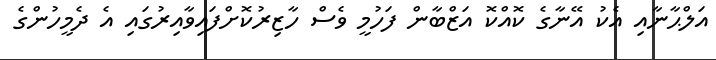
އަލްޙާނާއި އެކު އޭނާގެ ކޮއްކޮ އަޒްބާން ފަހުމީ ވެސް ހާޒިރުކޮށްފައިވާއިރުގައި އެ ދެމީހުންގެ